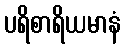
ပရိစာရိယမာနံ